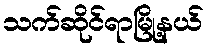
သက်ဆိုင်ရာမြို့နယ်